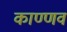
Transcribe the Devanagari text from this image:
काण्णव